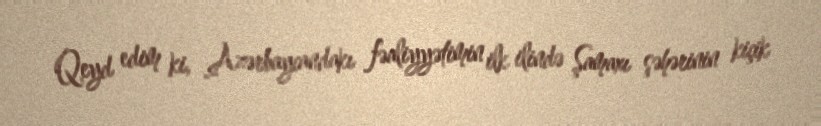
Qeyd edim ki, Azərbaycandakı fəaliyyətimin ilk ilində Şamaxı şəhərinin kiçik